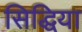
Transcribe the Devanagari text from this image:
सिद्धिया